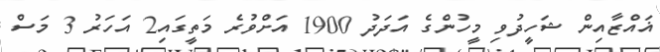
ޣައްޒާއިން ޝަހީދުވި މީހުންގެ އަދަދު 1900 އަށްވުރެ މަތީގައި2 އަހަރު 3 މަސް